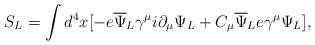
\begin{align*}S_L= \int d^4x [-e{\overline\Psi}_L\gamma^\mu i\partial_\mu\Psi_L+ C_\mu{\overline\Psi}_L e\gamma^\mu \Psi_L], \end{align*}